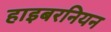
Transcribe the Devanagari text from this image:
हाइबरनियन